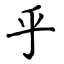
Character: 乎